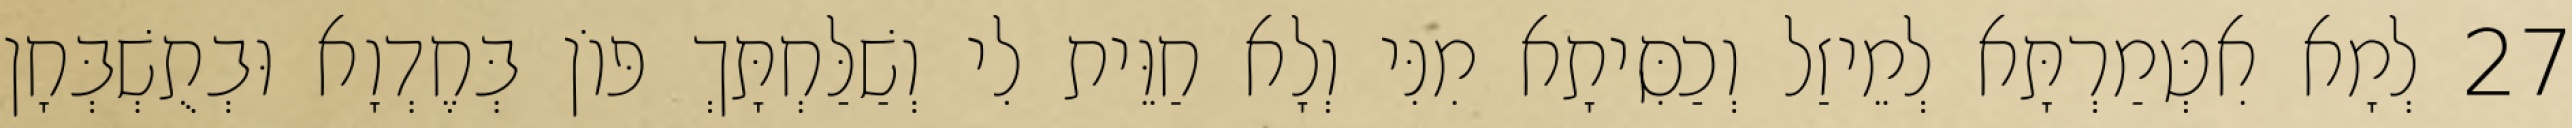
27 לְמָא אִטְּמַרְתָּא לְמֵיזַל וְכַסִּיתָא מִנִּי וְלָא חַוֵּית לִי וְשַׁלַּחְתָּךְ פּוֹן בְּחֶדְוָא וּבְתֻשְׁבְּחָן